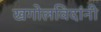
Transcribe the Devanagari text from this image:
खगोलविदांनी